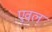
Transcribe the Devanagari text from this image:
एवल